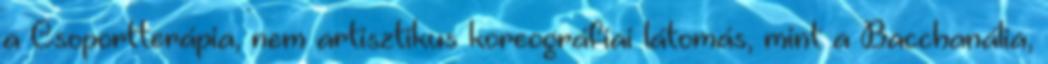
a Csoportterápia, nem artisztikus koreográfiai látomás, mint a Bacchanália,